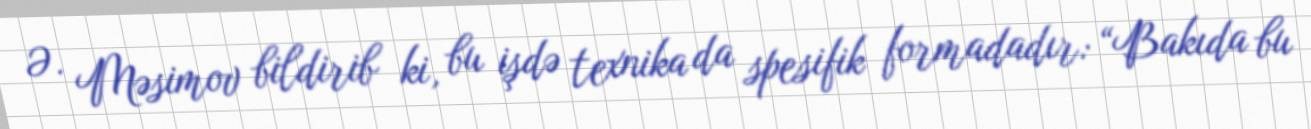
Ə. Məsimov bildirib ki, bu işdə texnika da spesifik formadadır: “Bakıda bu